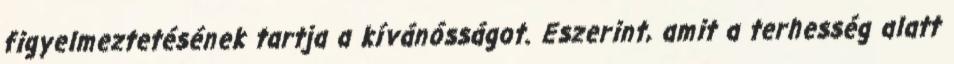
figyelmeztetésének tartja a kívánósságot. Eszerint, amit a terhesség alatt